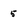
Character: 5